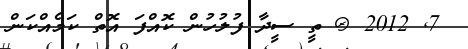
7